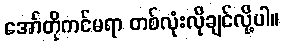
အော်တိုကင်မရာ တစ်လုံးလိုချင်လို့ပါ။